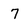
Character: 7